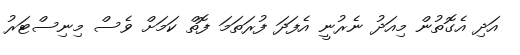
އަދި އެގޮތުން މިއަދު ނެރުނީ އެފަދަ ފުރަތަމަ ފޮތް ކަމަށް ވެސް މިނިސްޓަރު